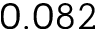
0 . 0 8 2